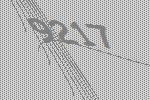
9217